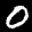
Label: 0